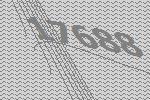
17688